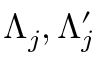
\Lambda _ { j } , \Lambda _ { j } ^ { \prime }